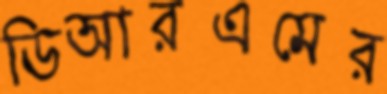
ডিআরএমের